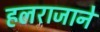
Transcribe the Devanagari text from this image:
हलराजाने